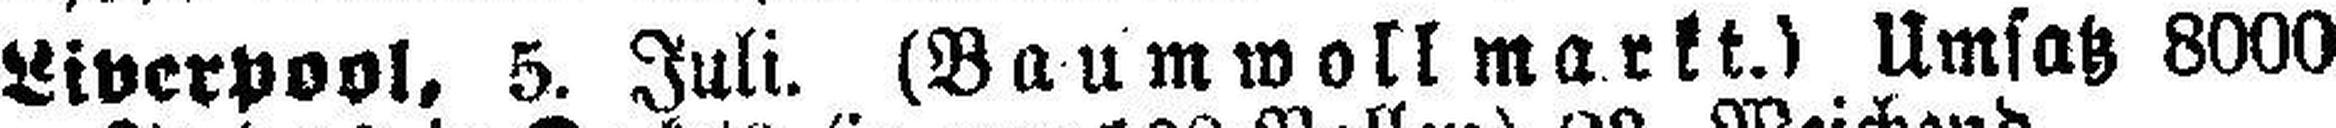
Liverpool, 5. Juli. (Baumwollmarkt.) Umsatz 8000